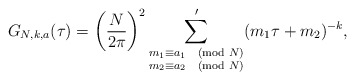
\begin{align*} G_{N,k,a}(\tau) = \left(\frac{N}{2\pi}\right)^2\sum'_{\substack{m_1 \equiv a_1 \pmod{N}\\ m_2 \equiv a_2 \pmod{N}}} (m_1\tau + m_2)^{-k},\end{align*}